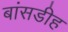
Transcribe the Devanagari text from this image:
बांसडीह